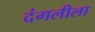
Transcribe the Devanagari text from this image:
दंगलीला